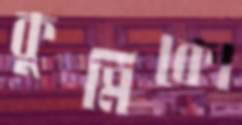
কুমিকো